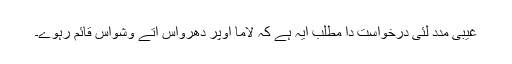
غیبی مدد لئی درخواست دا مطلب ایہ ہے کہ لاما اوپر دھرواس اتے وشواس قائم رہوے۔